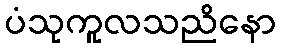
ပံသုကူလသညိနော